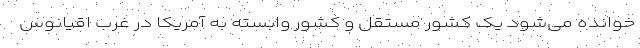
خوانده می‌شود یک کشور مستقل و کشور وابسته به آمریکا در غرب اقیانوس